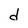
Character: d